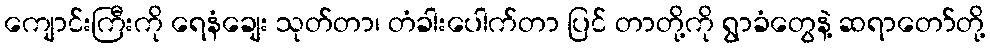
ကျောင်းကြီးကို ရေနံချေး သုတ်တာ၊ တံခါးပေါက်တာ ပြင် တာတို့ကို ရွာခံတွေနဲ့ ဆရာတော်တို့